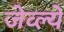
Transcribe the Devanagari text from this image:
जेव्ल्ये